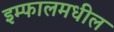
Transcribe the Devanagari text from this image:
इम्फालमधील